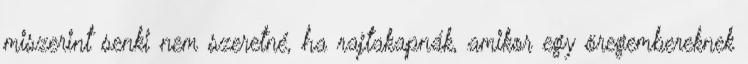
miszerint senki nem szeretné, ha rajtakapnák, amikor egy öregembereknek